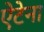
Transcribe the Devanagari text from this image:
ऐटेना